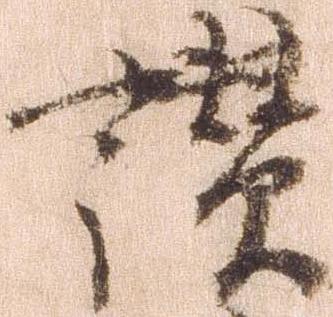
讃